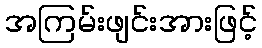
အကြမ်းဖျင်းအားဖြင့်